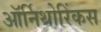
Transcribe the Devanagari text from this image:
ऑर्निथोरिंकस